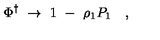
\Phi ^ { \dagger } \ \to \ 1 \ - \ \rho _ { 1 } P _ { 1 } \quad ,